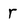
Character: r